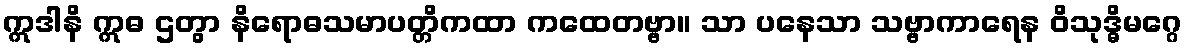
ဣဒါနိ ဣဓ ဌတွာ နိရောဓသမာပတ္တိကထာ ကထေတဗ္ဗာ။ သာ ပနေသာ သဗ္ဗာကာရေန ဝိသုဒ္ဓိမဂ္ဂေ